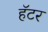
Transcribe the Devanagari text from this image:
हॅटर